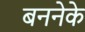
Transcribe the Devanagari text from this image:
बननेके